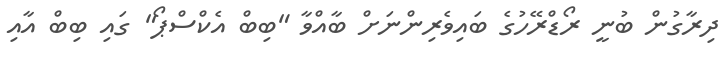
ދިރާގުން ބުނީ ރޯޑްރޭހުގެ ބައިވެރިންނަށް ބާއްވާ "ބިބް އެކްސްޕޯ" ގައި ބިބް އާއި